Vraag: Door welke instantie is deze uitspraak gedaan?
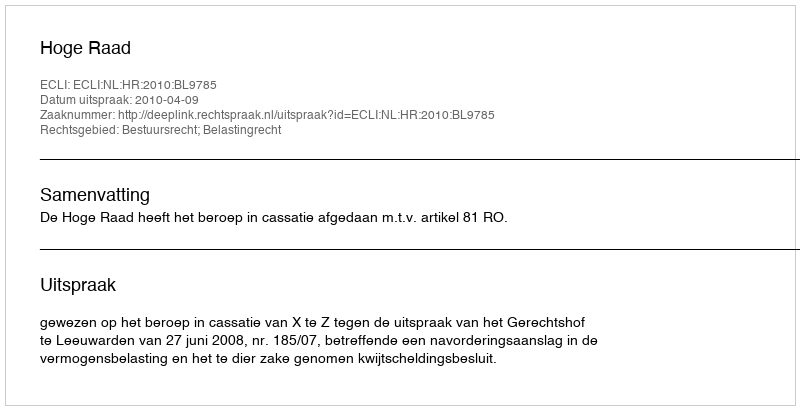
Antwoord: Hoge Raad